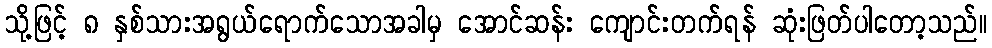
သို့ဖြင့် ၈ နှစ်သားအရွယ်ရောက်သောအခါမှ အောင်ဆန်း ကျောင်းတက်ရန် ဆုံးဖြတ်ပါတော့သည်။